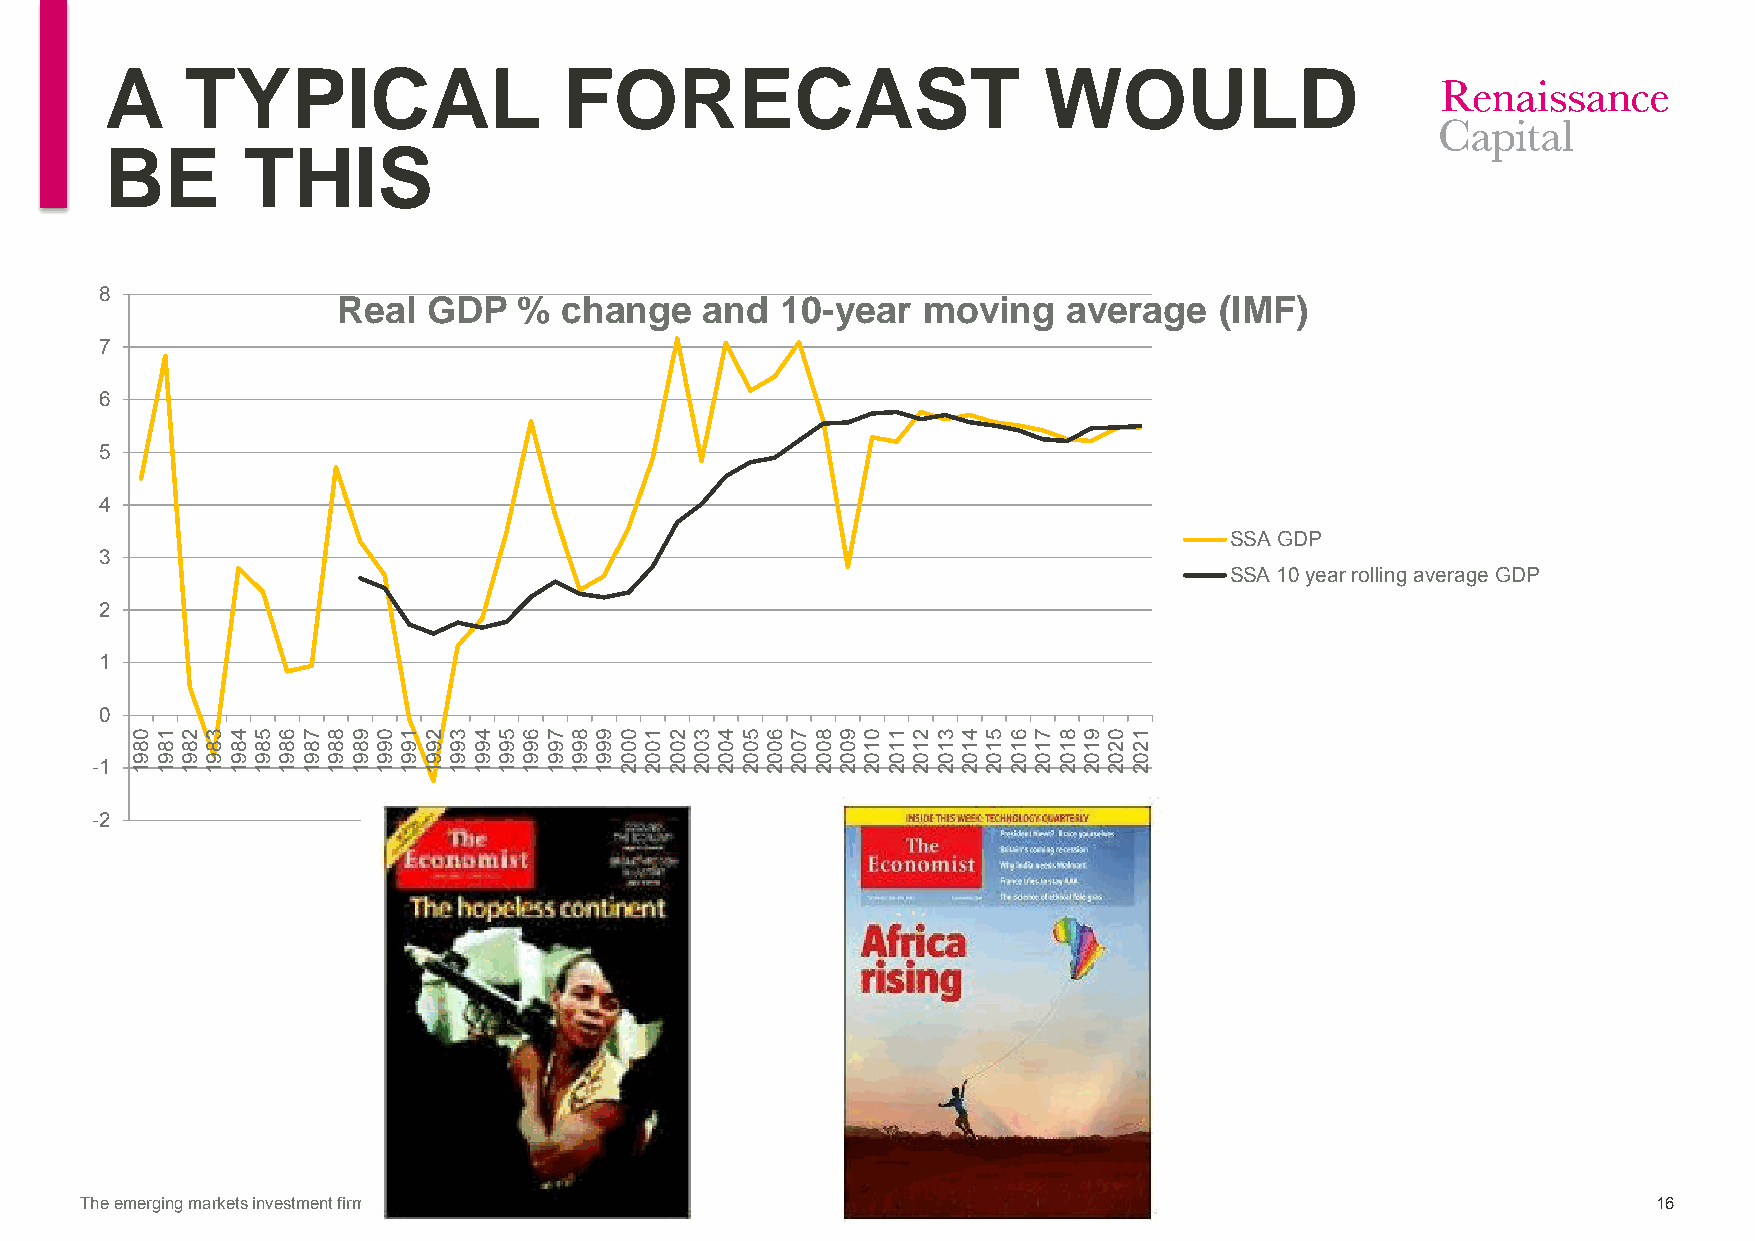
A    TYPICAL                  FORECAST                        WOULD
 BE       THIS
 8              Real  GDP   %  change    and  10-year  moving    average   (IMF)
 7
 6
 5
 4
 SSA GDP
 3
 SSA 10 year rolling average GDP
 2
 1
 0
 -1
 -2
 The emerging markets investment firm                                                                     16
 0891 1891 2891 3891 4891 5891 6891 7891 8891 9891 0991 1991 2991 3991 4991 5991 6991 7991 8991 9991 0002 1002 2002 3002 4002 5002 6002 7002 8002 9002 0102 1102 2102 3102 4102 5102 6102 7102 8102 9102 0202 1202